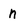
Character: n